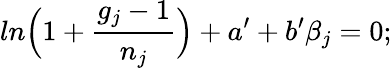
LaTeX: ln\Big(1+\frac{g_{j}-1}{n_{j}}\Big)+a^{\prime}+b^{\prime}\beta_{j}=0;